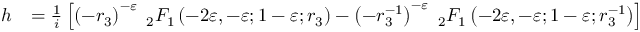
\begin{array} { r l } { h } & { = \frac { 1 } { i } \left[ \left( - r _ { 3 } \right) ^ { - \varepsilon } \; _ { 2 } F _ { 1 } \left( - 2 \varepsilon , - \varepsilon ; 1 - \varepsilon ; r _ { 3 } \right) - \left( - r _ { 3 } ^ { - 1 } \right) ^ { - \varepsilon } \; _ { 2 } F _ { 1 } \left( - 2 \varepsilon , - \varepsilon ; 1 - \varepsilon ; r _ { 3 } ^ { - 1 } \right) \right] } \end{array}